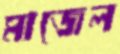
মাজেল